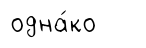
одна́ко